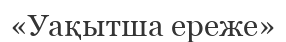
«Уақытша ереже»